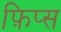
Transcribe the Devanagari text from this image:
फ़िप्स